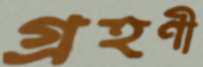
গ্রহণী